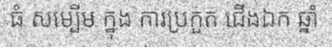
ធំ សម្បើម ក្នុង ការប្រកួត ជើងឯក ឆ្នាំ